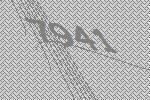
7941